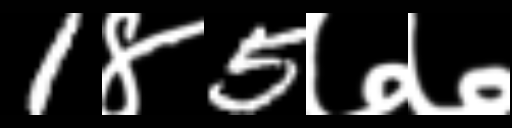
Text: 1४5७७